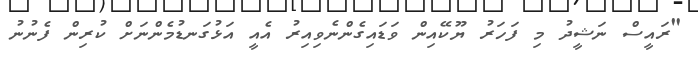
"ރައީސް ނަޝީދު މި ފަހަރު ޔޫކޭއިން ވަޑައިގެންނެވިއިރު އެއީ އަޅުގަނޑުމެންނަށް ކުރިން ފެނުނު